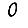
Digit: 0